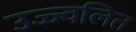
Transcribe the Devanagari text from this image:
उज्ज्वलित